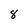
Character: 8